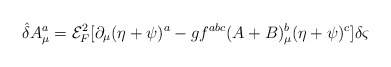
\begin{align*}{\hat{\delta}} A^{a}_{\mu }={\mathcal{E}}_{F}^{2}[\partial _{\mu }( \eta +\psi )^{a}-gf^{abc}(A+B)^{b}_{\mu }(\eta +\psi )^{c}]\delta \varsigma\end{align*}